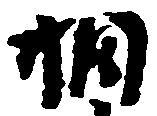
相